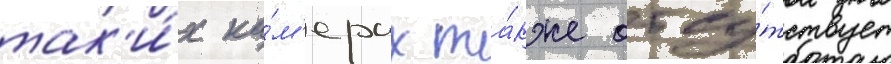
так'и́х ка́м'ерах та́кже отсу́тствует